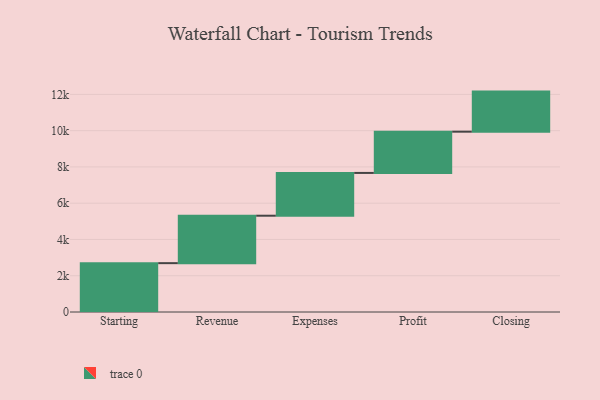
{"axis": {"x": "Step", "y": "Value"}, "legend": [""], "data": [{"x": "Starting", "y": 2694.0, "type": ""}, {"x": "Revenue", "y": 2616.0, "type": ""}, {"x": "Expenses", "y": 2359.0, "type": ""}, {"x": "Profit", "y": 2275.0, "type": ""}, {"x": "Closing", "y": 2210.0, "type": ""}]}